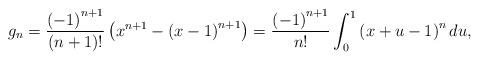
LaTeX: \begin{align*}g_{n}=\frac{\left(-1\right)^{n+1}}{\left(n+1\right)!}\left(x^{n+1}-\left(x-1\right)^{n+1}\right)=\frac{\left(-1\right)^{n+1}}{n!}\int_{0}^{1}\left(x+u-1\right)^{n}du,\end{align*}